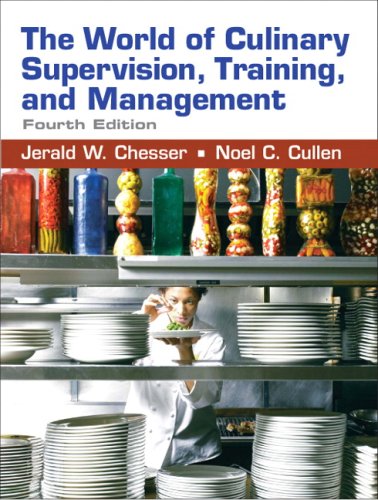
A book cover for The World of Culinary Supervision, Training, and Management (4th Edition); Jerald W. Chesser; Cookbooks, Food & Wine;